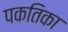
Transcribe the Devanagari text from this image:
पकतिका